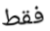
فقط